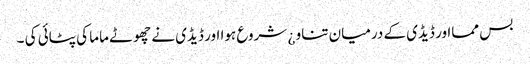
بس ممااور ڈیڈی کے درمیان تناو ¿ شروع ہوا اور ڈیڈی نے چھوٹے ماما کی پٹائی کی ۔